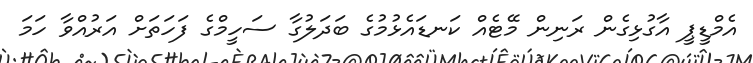
އެމްޑީޕީ އާގުޅިގެން ރަނިން މޭޓެއް ކަނޑައެޅުމުގެ ބަދަލުގާ ސަހީމްގެ ފަހަތަށް އަރުއްވާ ހަމަ